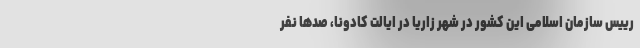
رییس سازمان اسلامی این کشور در شهر زاریا در ایالت کادونا، صدها نفر